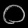
Digit: ၀